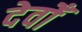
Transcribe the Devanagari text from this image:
देवोँ